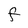
Character: F